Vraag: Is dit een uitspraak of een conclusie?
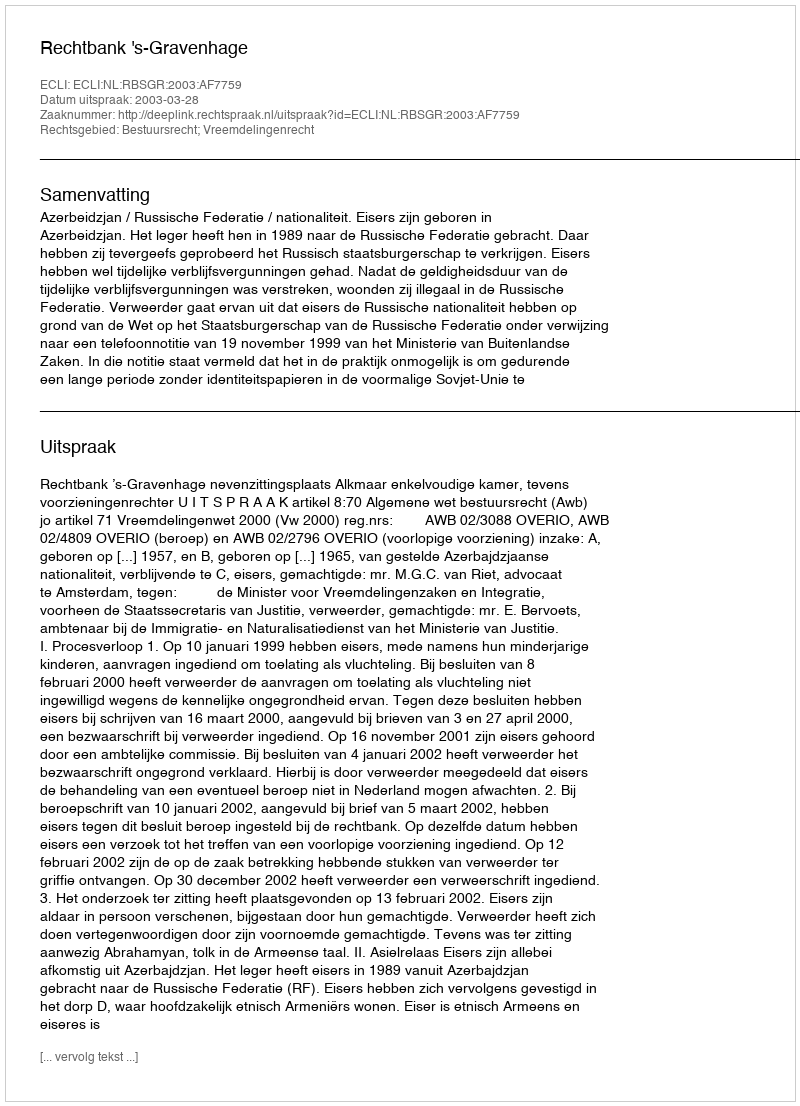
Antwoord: Uitspraak